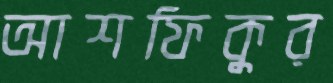
আশফিকুর